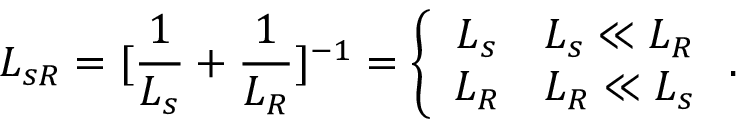
L _ { s R } = [ \frac { 1 } { L _ { s } } + \frac { 1 } { L _ { R } } ] ^ { - 1 } = \left\{ \begin{array} { c c } { L _ { s } } & { L _ { s } \ll L _ { R } } \\ { L _ { R } } & { L _ { R } \ll L _ { s } } \end{array} \right. .